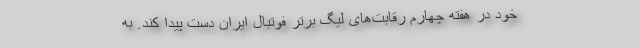
خود در هفته چهارم رقابت‌های لیگ برتر فوتبال ایران دست پیدا کند. به